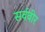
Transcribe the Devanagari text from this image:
सर्ववीर